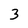
Character: 3